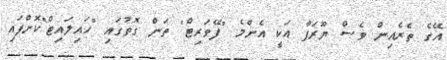
އޭގެ ތެރެއިން ވެސް ޔޫރަޕާ އަކީ އެންމެ "ފޭވަރިޓް" ތަން ގޮތުގައި "ހައިލައިޓް"ކޮށްފައި